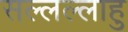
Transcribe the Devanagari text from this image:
सल्लल्लाहु